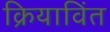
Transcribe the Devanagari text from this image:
क्रियाविंत